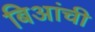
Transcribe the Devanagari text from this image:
बिआंची